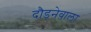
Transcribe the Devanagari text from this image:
दौड़नेवाला